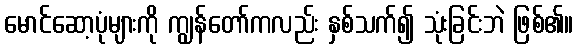
မောင်ဆော့ပုံများကို ကျွန်တော်ကလည်း နှစ်သက်၍ သုံးခြင်းဘဲ ဖြစ်၏။